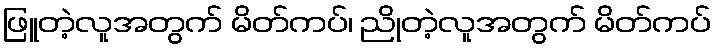
ဖြူတဲ့လူအတွက် မိတ်ကပ်၊ ညိုတဲ့လူအတွက် မိတ်ကပ်